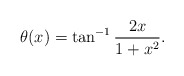
\begin{align*}\theta(x) = \tan^{-1} \frac{2x}{1+x^2}. \end{align*}